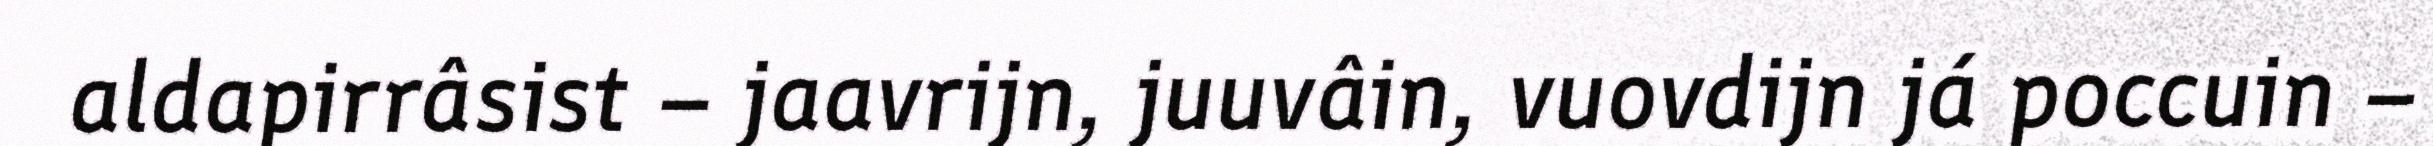
aldapirrâsist – jaavrijn, juuvâin, vuovdijn já poccuin –